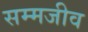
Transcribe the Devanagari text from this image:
सम्मजीव